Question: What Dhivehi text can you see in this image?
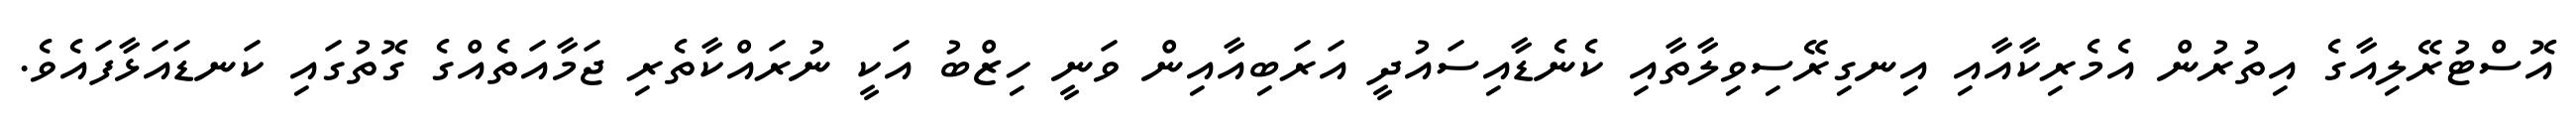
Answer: އޮސްޓުރޭލިއާގެ އިތުރުން އެމެރިކާއާއި އިނގިރޭސިވިލާތާއި ކެނެޑާއިސައުދީ އަރަބިއާއިން ވަނީ ހިޒްބު އަކީ ނުރައްކާތެރި ޖަމާއަތެއްގެ ގޮތުގައި ކަނޑައަޅާފައެވެ.